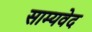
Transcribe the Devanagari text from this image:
साम्‍यवेद